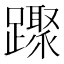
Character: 䠫